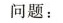
问题：